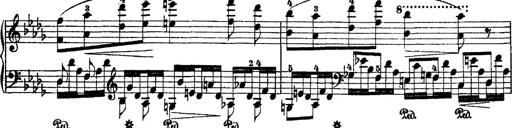
Title: 2 KonzertetÃ¼den
Composer: Franz Liszt